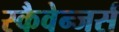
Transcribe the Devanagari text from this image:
स्कैवेन्जर्स